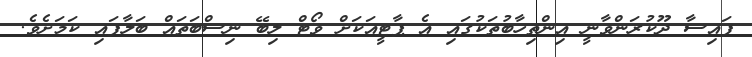
ފައިސާ ދޫކުރަންވާނީ އިންތިހާބުތަކުގައި އެ ޕާޓީއަކަށް ވޯޓް ލިބޭ ނިސްބަތައް ބަލާފައި ކަމަށެވެ.